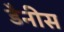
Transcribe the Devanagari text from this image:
डैनीस